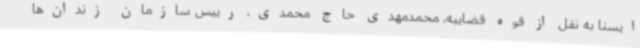
ایسنا به نقل از قوه قضاییه، محمدمهدی حاج محمدی، رییس سازمان زندان‌ها